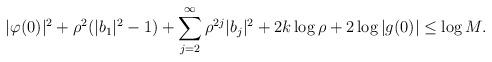
LaTeX: \begin{align*} |\varphi(0)|^2+\rho^2(|b_1|^2-1)+\sum_{j=2}^\infty \rho^{2j}|b_j|^2 +2k\log \rho +2\log|g(0)|\leq \log M.\end{align*}